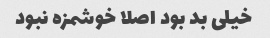
خیلی بد بود اصلا خوشمزه نبود